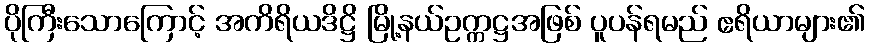
ပိုကြီးသောကြောင့် အကိရိယဒိဋ္ဌိ မြို့နယ်ဥက္ကဋ္ဌအဖြစ် ပူပန်ရမည် ဧရိယာများ၏